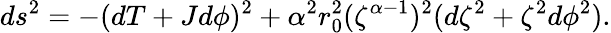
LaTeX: ds^{2}=-(dT+Jd\phi)^{2}+\alpha^{2}r_{0}^{2}(\zeta^{\alpha-1})^{2}(d\zeta^{2}+\zeta^{2}d\phi^{2}).